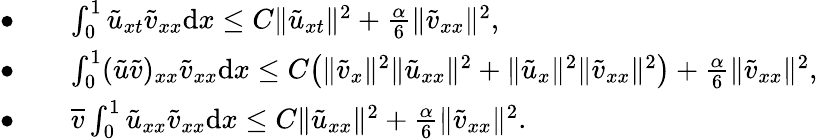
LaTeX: \begin{array}{rl}{\bullet\quad}&{\int_{0}^{1}\tilde{u}_{xt}{\tilde{v}}_{xx}{\mathrm{d}x}\le C\| {\tilde{u}}_{xt}\| ^{2}+\frac{\alpha}{6}\| {\tilde{v}}_{xx}\| ^{2},}\\ {\bullet\quad}&{\int_{0}^{1}(\tilde{u}\tilde{v})_{xx}{\tilde{v}}_{xx}{\mathrm{d}x}\le C\big(\| {\tilde{v}}_{x}\| ^{2}\| {\tilde{u}}_{xx}\| ^{2}+\| {\tilde{u}}_{x}\| ^{2}\| {\tilde{v}}_{xx}\| ^{2}\big)+\frac{\alpha}{6}\| {\tilde{v}}_{xx}\| ^{2},}\\ {\bullet\quad}&{\overline{{v}}\int_{0}^{1}\tilde{u}_{xx}{\tilde{v}}_{xx}{\mathrm{d}x}\le C\| {\tilde{u}}_{xx}\| ^{2}+\frac{\alpha}{6}\| {\tilde{v}}_{xx}\| ^{2}.}\end{array}